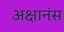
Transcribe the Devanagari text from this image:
अक्षानंस